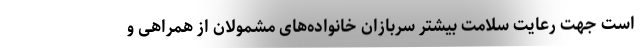
است جهت رعایت سلامت بیشتر سربازان خانواده‌های مشمولان از همراهی و